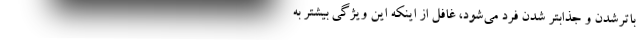
باترشدن و جذابتر شدن فرد می‌شود، غافل از اینکه این ویژگی بیشتر به